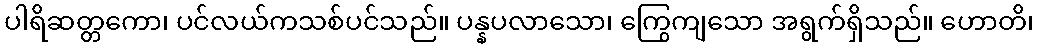
ပါရိဆတ္တကော၊ ပင်လယ်ကသစ်ပင်သည်။ ပန္နပလာသော၊ ကြွေကျသော အရွက်ရှိသည်။ ဟောတိ၊